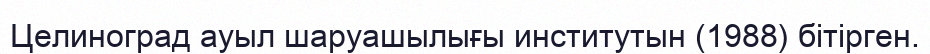
Целиноград ауыл шаруашылығы институтын (1988) бітірген.